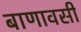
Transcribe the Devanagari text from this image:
बाणावसी